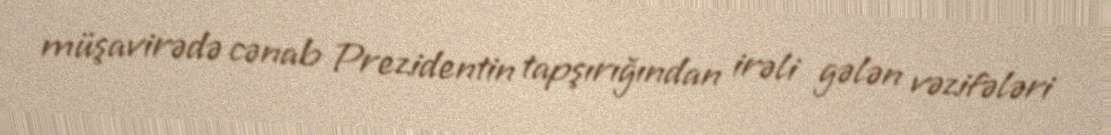
müşavirədə cənab Prezidentin tapşırığından irəli gələn vəzifələri